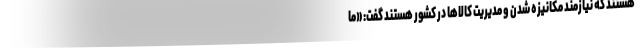
هستند که نیازمند مکانیزه شدن و مدیریت کالاها در کشور هستند گفت: «ما